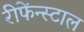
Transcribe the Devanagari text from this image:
रीफेंन्स्टाल